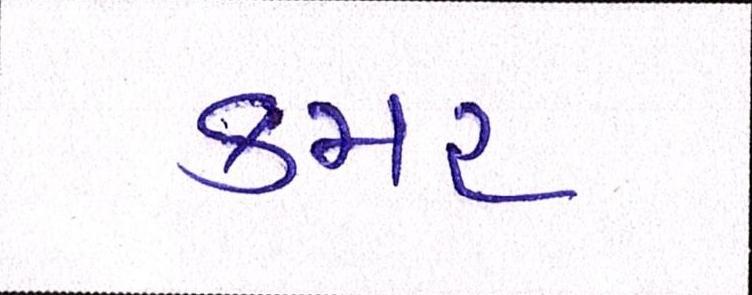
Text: કમર